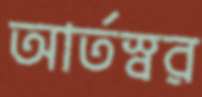
আর্তস্বর